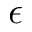
\epsilon